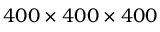
4 0 0 \times 4 0 0 \times 4 0 0